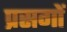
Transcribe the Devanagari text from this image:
प्रसगों